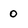
Character: 0